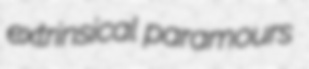
extrinsical paramours